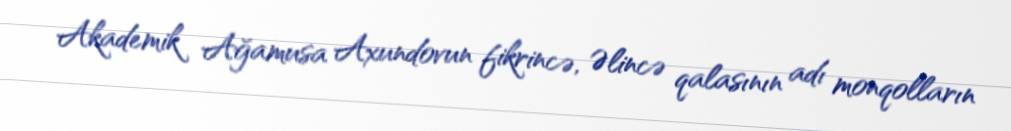
Akademik Ağamusa Axundovun fikrincə, Əlincə qalasının adı monqolların